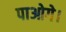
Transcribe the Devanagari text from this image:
पाओगे।